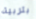
بتربية